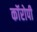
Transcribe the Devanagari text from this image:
कॉरोपी